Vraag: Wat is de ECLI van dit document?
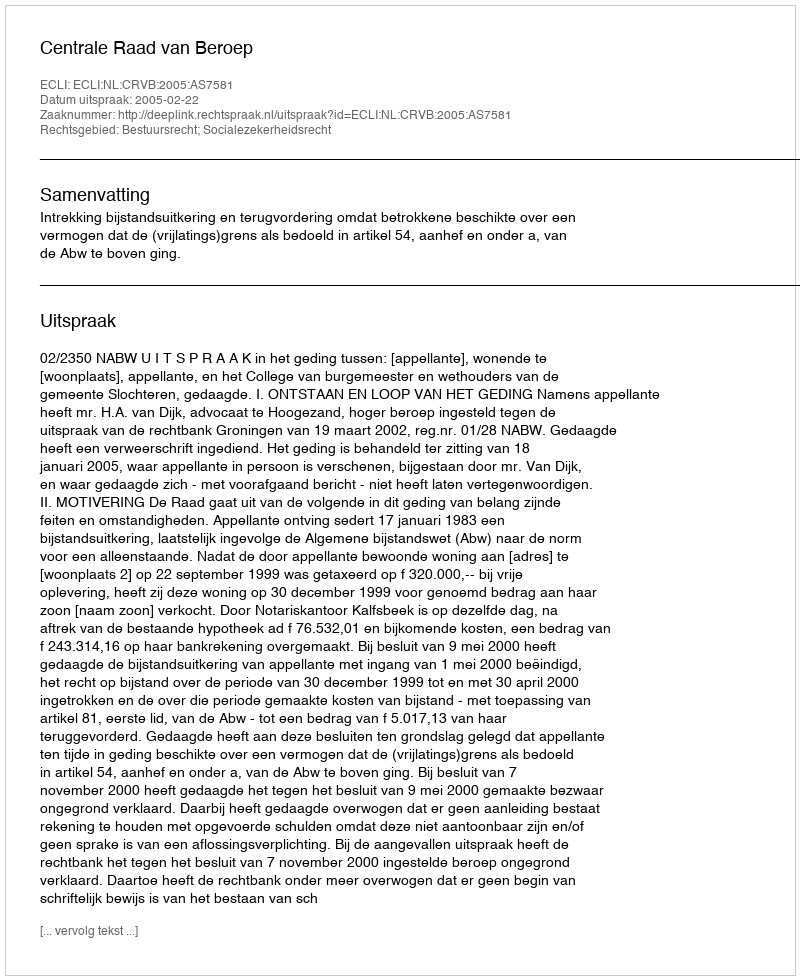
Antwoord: ECLI:NL:CRVB:2005:AS7581